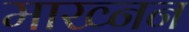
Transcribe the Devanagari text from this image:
माख्नन